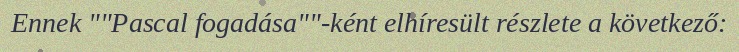
Ennek ""Pascal fogadása""-ként elhíresült részlete a következő: